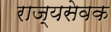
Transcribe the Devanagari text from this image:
राज्यसेवक